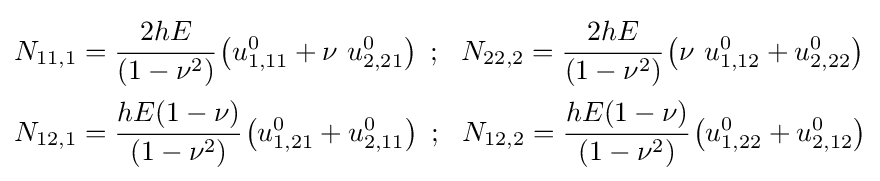
{\begin{aligned}N_{11,1}&={\cfrac {2hE}{(1-\nu ^{2})}}\left(u_{1,11}^{0}+\nu ~u_{2,21}^{0}\right)~;~~N_{22,2}={\cfrac {2hE}{(1-\nu ^{2})}}\left(\nu ~u_{1,12}^{0}+u_{2,22}^{0}\right)\\N_{12,1}&={\cfrac {hE(1-\nu )}{(1-\nu ^{2})}}\left(u_{1,21}^{0}+u_{2,11}^{0}\right)~;~~N_{12,2}={\cfrac {hE(1-\nu )}{(1-\nu ^{2})}}\left(u_{1,22}^{0}+u_{2,12}^{0}\right)\end{aligned}}